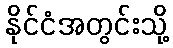
နိုင်ငံအတွင်းသို့